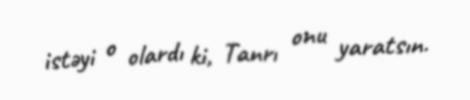
istəyi o olardı ki, Tanrı onu yaratsın.